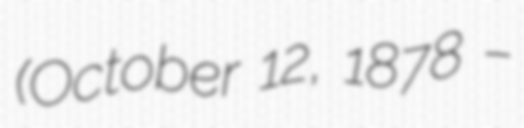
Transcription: (October 12, 1878 –